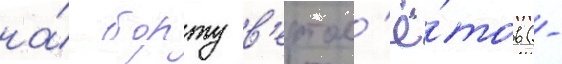
на́ борту в'ертол'ё́тов (-